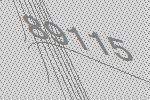
89115